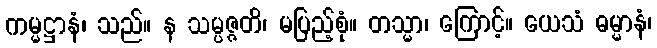
ကမ္မဋ္ဌာနံ၊ သည်။ န သမ္ပဇ္ဇတိ၊ မပြည့်စုံ။ တသ္မာ၊ ကြောင့်။ ယေသံ ဓမ္မာနံ၊